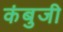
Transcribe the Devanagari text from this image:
कंबुजी